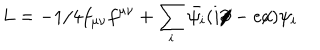
L = - 1 / 4 f _ { \mu \nu } f ^ { \mu \nu } + \sum _ { i } \bar { \psi _ { i } } ( i \partial \! \! \! / - e a \! \! \! / ) \psi _ { i }